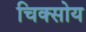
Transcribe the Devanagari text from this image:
चिक्सोय